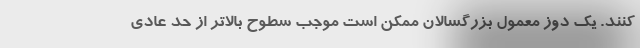
کنند. یک دوز معمول بزرگسالان ممکن است موجب سطوح بالاتر از حد عادی